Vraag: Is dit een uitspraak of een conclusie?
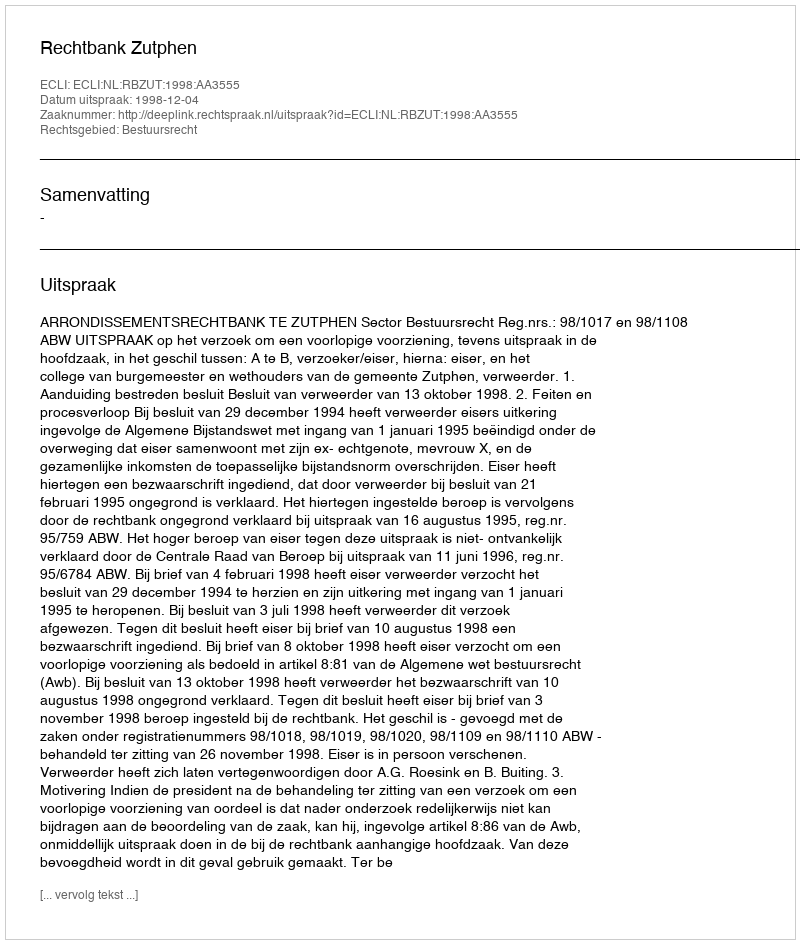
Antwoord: Uitspraak